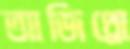
আজিথ্রো